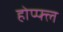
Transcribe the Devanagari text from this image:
होप्फ्ल